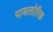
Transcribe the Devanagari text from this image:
पायलोरिक